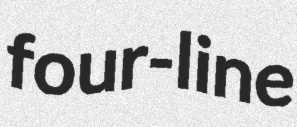
four-line